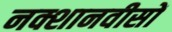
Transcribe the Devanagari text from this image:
नक्शानवीसों